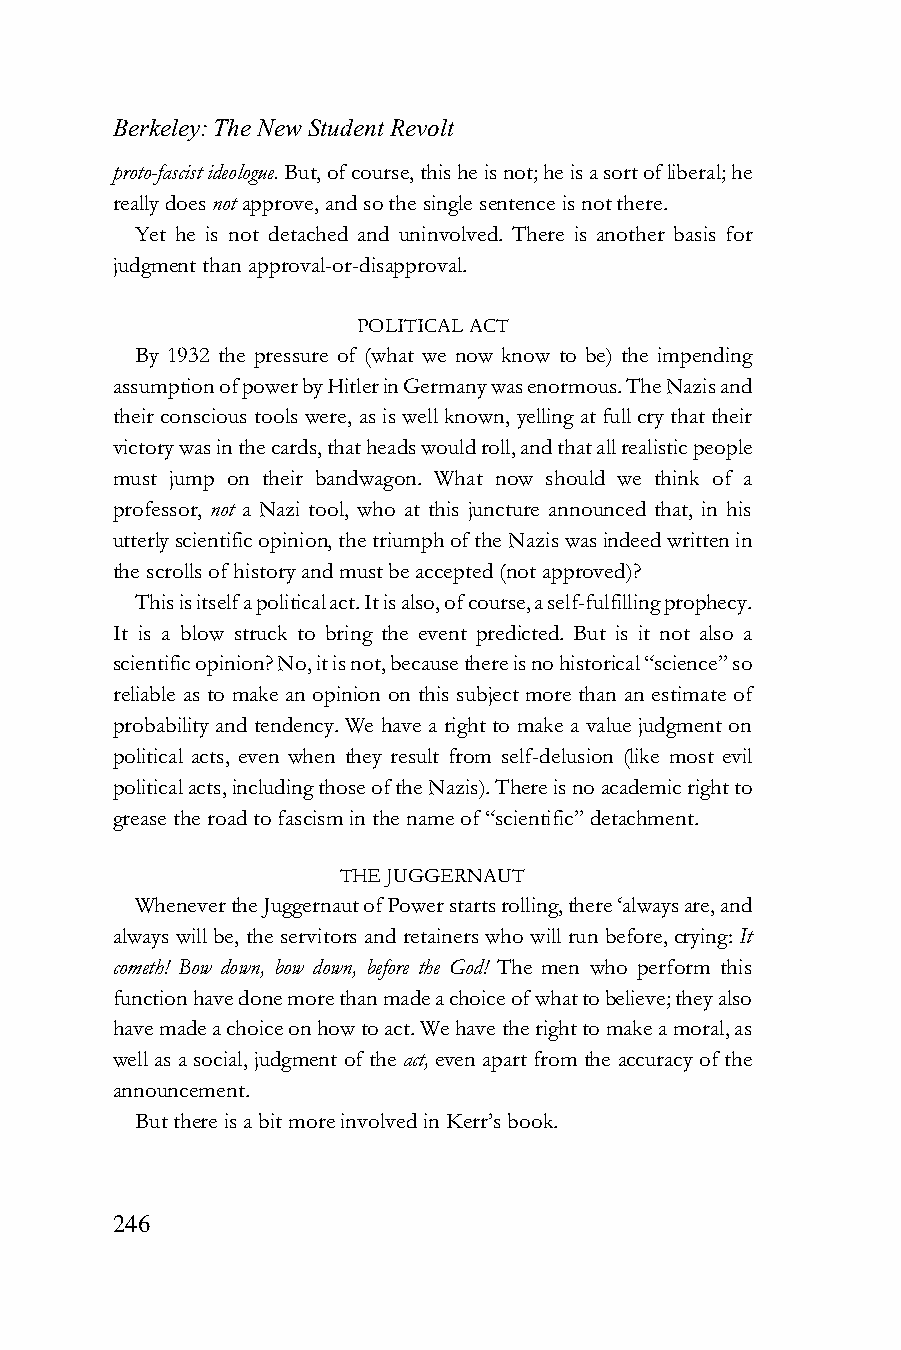
Berkeley: The New Student Revolt
 proto-fascist ideologue. But, of course, this he is not; he is a sort of liberal; he
 really does not approve, and so the single sentence is not there.
 Yet he is not detached and uninvolved. There is another basis for
 judgment than approval-or-disapproval.
 POLITICAL ACT
 By 1932 the pressure of (what we now know to be) the impending
 assumption of power by Hitler in Germany was enormous. The Nazis and
 their conscious tools were, as is well known, yelling at full cry that their
 victory was in the cards, that heads would roll, and that all realistic people
 must jump on their bandwagon. What now should we think of a
 professor, not a Nazi tool, who at this juncture announced that, in his
 utterly scientific opinion, the triumph of the Nazis was indeed written in
 the scrolls of history and must be accepted (not approved)?
 This is itself a political act. It is also, of course, a self-fulfilling prophecy.
 It is a blow struck to bring the event predicted. But is it not also a
 scientific opinion? No, it is not, because there is no historical “science” so
 reliable as to make an opinion on this subject more than an estimate of
 probability and tendency. We have a right to make a value judgment on
 political acts, even when they result from self-delusion (like most evil
 political acts, including those of the Nazis). There is no academic right to
 grease the road to fascism in the name of “scientific” detachment.
 THE JUGGERNAUT
 Whenever the Juggernaut of Power starts rolling, there ‘always are, and
 always will be, the servitors and retainers who will run before, crying: It
 cometh! Bow down, bow down, before the God! The men who perform this
 function have done more than made a choice of what to believe; they also
 have made a choice on how to act. We have the right to make a moral, as
 well as a social, judgment of the act, even apart from the accuracy of the
 announcement.
 But there is a bit more involved in Kerr’s book.
 246